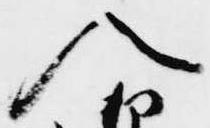
入